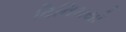
વિનિમયો